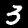
Label: 3